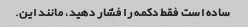
ساده است فقط دکمه را فشار دهید، مانند این.